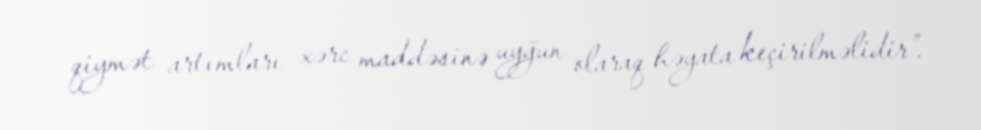
qiymət artımları xərc maddəsinə uyğun olaraq həyata keçirilməlidir”.